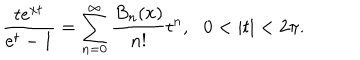
LaTeX: \frac { t e ^ { x t } } { e ^ { t } - 1 } = \sum _ { n = 0 } ^ { \infty } \frac { B _ { n } ( x ) } { n ! } t ^ { n } , \, \, \, \, 0 < | t | < 2 \pi .